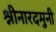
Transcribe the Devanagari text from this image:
श्नीनारदमुनी